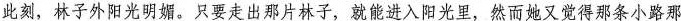
此刻，林子外阳光明媚。只要走出那片林子，就能进入阳光里，然而她又觉得那条小路那